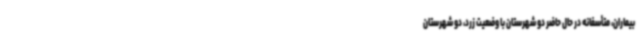
بیماران، متأسفانه در حال حاضر دو شهرستان با وضعیت زرد، دو شهرستان